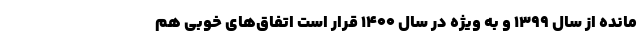
مانده از سال ۱۳۹۹ و به ویژه در سال ۱۴۰۰ قرار است اتفاق‌های خوبی هم